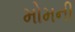
મોમની